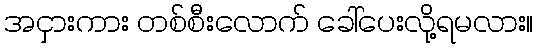
အငှားကား တစ်စီးလောက် ခေါ်ပေးလို့ရမလား။